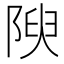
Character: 𨺺